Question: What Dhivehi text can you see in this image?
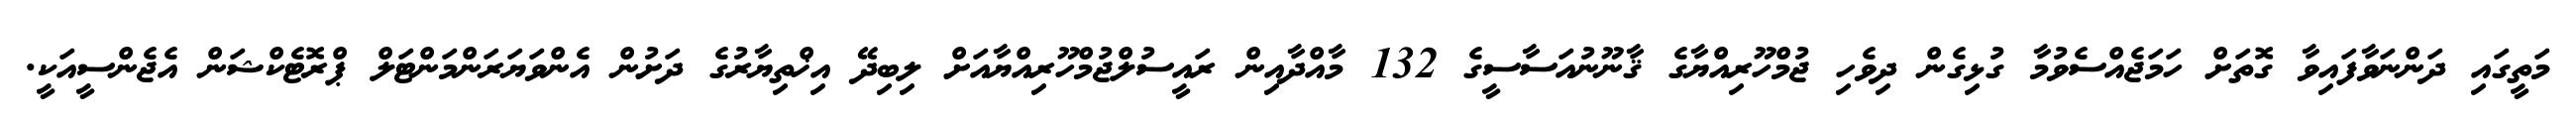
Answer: މަތީގައި ދަންނަވާފައިވާ ގޮތަށް ހަމަޖެއްސެވުމާ ގުޅިގެން ދިވެހި ޖުމްހޫރިއްޔާގެ ޤާނޫނުއަސާސީގެ 132 މާއްދާއިން ރައީސުލްޖުމްހޫރިއްޔާއަށް ލިބިދޭ އިޚްތިޔާރުގެ ދަށުން އެންވަޔަރަންމަންޓަލް ޕްރޮޓެކްޝަން އެޖެންސީއަކީ.